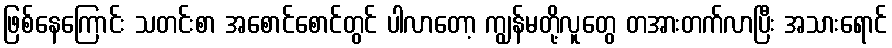
ဖြစ်နေကြောင်း သတင်းစာ အစောင်စောင်တွင် ပါလာတော့ ကျွန်မတို့လူတွေ တအားတက်လာပြီး အသားရောင်